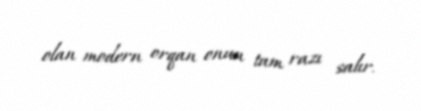
olan modern orqan onun tam razı salır.